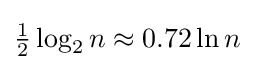
{\tfrac {1}{2}}\log _{2}{n}\approx 0.72\ln {n}